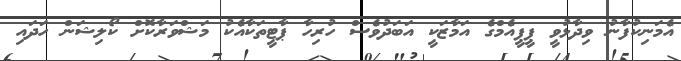
އެމަނިކުފާނު ވިދާޅުވީ ޕީޕީއެމްގެ އަމާޒަކީ އަބަދުވެސް ހުރިހާ ޕާޓީތަކާއެކު މަޝްވަރާކޮށް ކޯލިޝަން ހަދައި